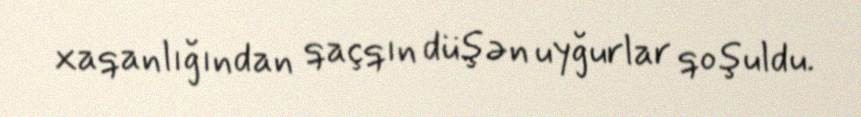
xaqanlığından qaçqın düşən uyğurlar qoşuldu.